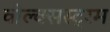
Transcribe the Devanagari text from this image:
वोल्क्सस्ट्रम